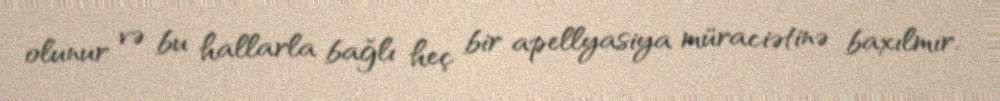
olunur və bu hallarla bağlı heç bir apellyasiya müraciətinə baxılmır.